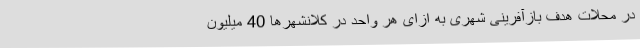
در محلات هدف بازآفرینی شهری به ازای هر واحد در کلانشهرها 40 میلیون